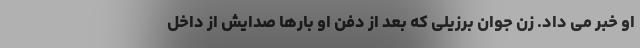
او خبر می داد. زن جوان برزیلی که بعد از دفن او بارها صدایش از داخل